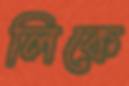
লিকে